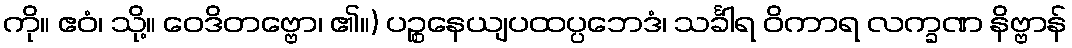
ကို။ ဧဝံ၊ သို့။ ဝေဒိတဗ္ဗော၊ ၏။) ပဉ္စနေယျပထပ္ပဘေဒံ၊ သင်္ခါရ ဝိကာရ လက္ခဏ နိဗ္ဗာန်